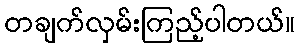
တချက်လှမ်းကြည့်ပါတယ်။